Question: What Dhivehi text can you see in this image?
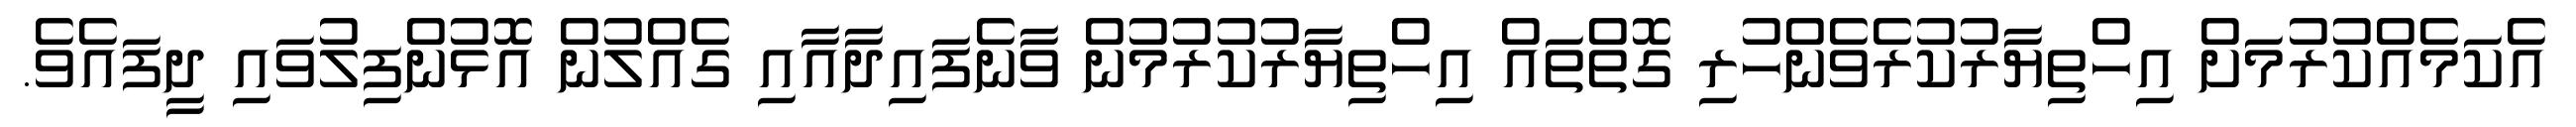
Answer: އެކަމެއްކުރުމަށް އިހްތިޔާރުކުރެވެންހުރި ގޮތްތައް އިހްތިޔާރުކުރުމުން ވާނެފައިދާއާއި ގެއްލުން އޮޅުންފިލުވައި ދީފައެވެ.